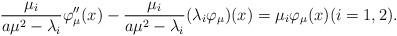
LaTeX: \begin{align*}\frac{\mu_i}{a\mu^2-\lambda_i}\varphi_{\mu}''(x)-\frac{\mu_i}{a\mu^2-\lambda_i}(\lambda_i\varphi _{\mu})(x)=\mu_i\varphi_{\mu}(x)(i=1,2).\end{align*}